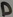
Text: D